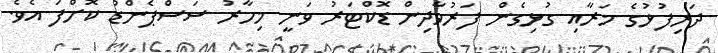
ދަރިފުޅުގެ މަރާއި ގުޅިގެން ފަރުވާދިން ޑޮކްޓަރު ވަނީ މިހާރު ސަސްޕެންޑު ކޮށްފަ އެވެ.